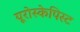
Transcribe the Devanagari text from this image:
यूरोस्केपिस्ट